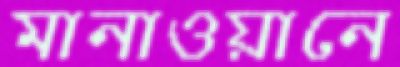
মানাওয়ানে